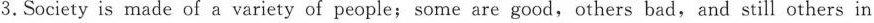
3.Society is made of a variety of people;some are good,others bad,and still others in